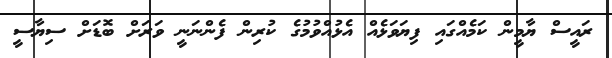
ރައީސް ޔާމީން ކަމެއްގައި ފިޔަވަޅެއް އެޅުއްވުމުގެ ކުރިން ފެންނަނީ ވަރަށް ބޮޑަށް ސިޔާސީ